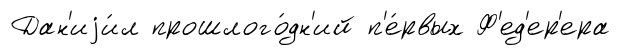
Дан'иjи́л прошлого́дн'ий п'е́рвых Ф'ед'ер'ера